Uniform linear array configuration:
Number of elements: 48
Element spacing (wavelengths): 0.5
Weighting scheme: hamming
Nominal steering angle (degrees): -45
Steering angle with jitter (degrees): -43.544
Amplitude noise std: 0.05
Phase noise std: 0.05

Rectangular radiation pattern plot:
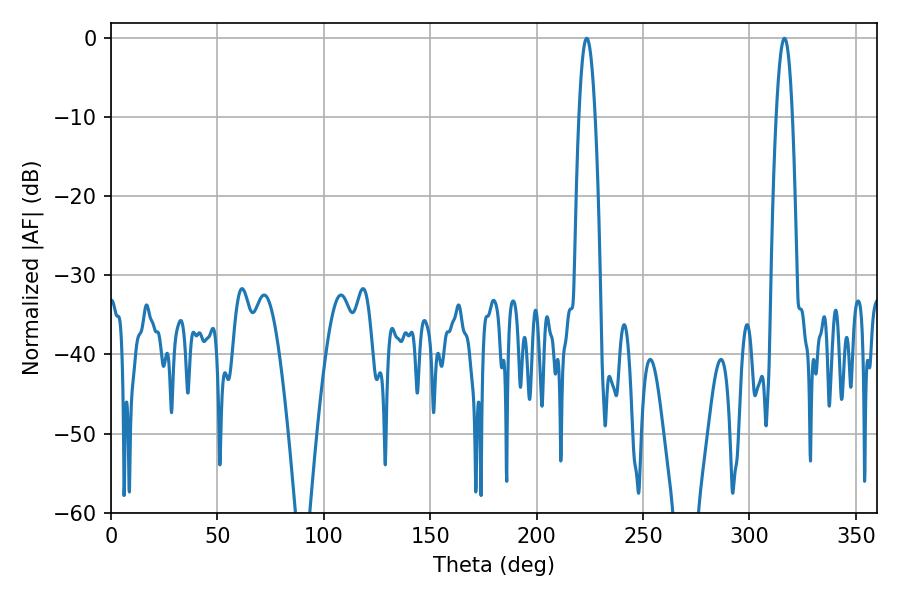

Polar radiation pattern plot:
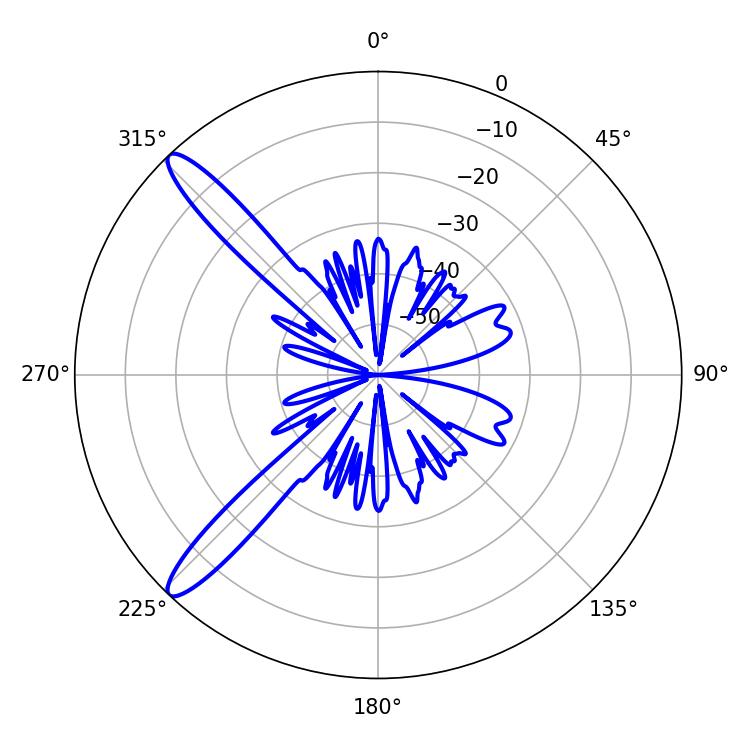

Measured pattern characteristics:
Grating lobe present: FALSE
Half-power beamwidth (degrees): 4.14
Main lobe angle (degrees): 223.56